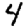
Digit: 4